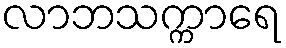
လာဘသက္ကာရေ